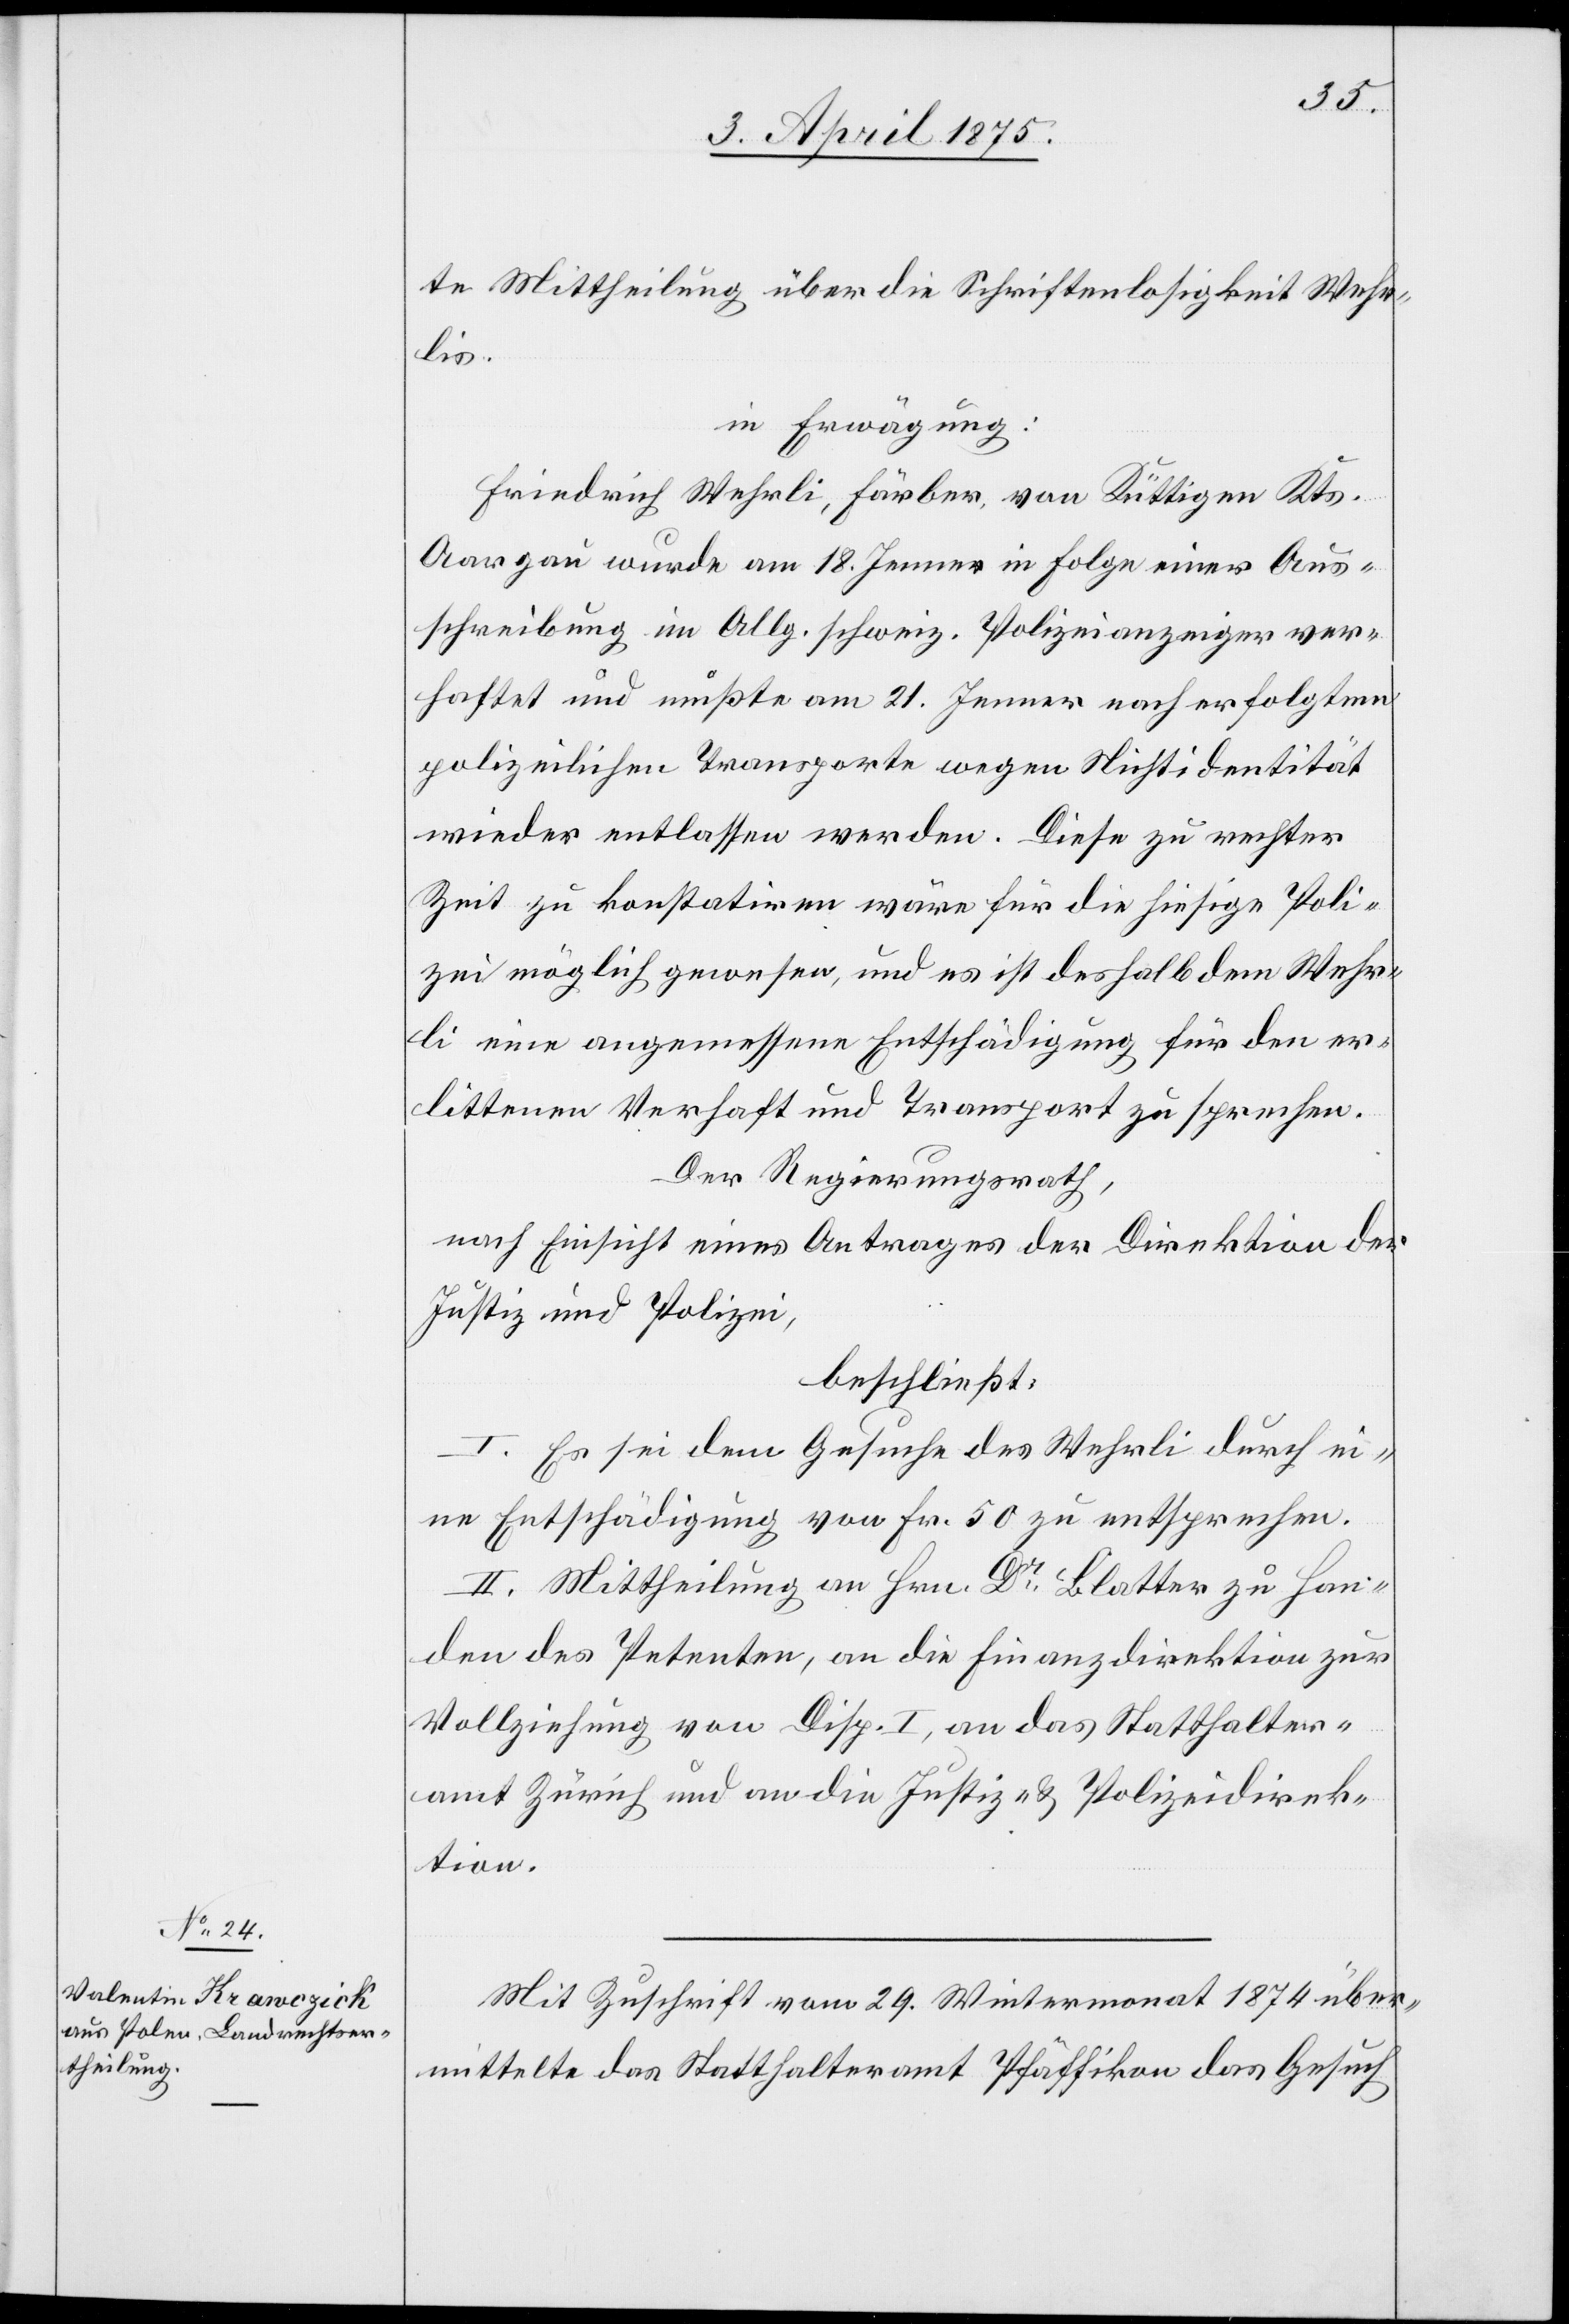
te Mittheilung über die Schriftenlosigkeit Wehr¬
lis.
in Erwägung:
Friedrich Wehrli, Färber, von Küttigen Kts.
Aargau wurde am 18. Jenner in Folge einer Aus¬
schreibung im Allg. schweiz. Polizeianzeiger ver¬
haftet und mußte am 21. Jenner nach erfolgtem
polizeilichen Transporte wegen Nichtidentität
wieder entlassen werden. Diese zu rechter
Zeit zu konstatiren wäre für die hiesige Poli¬
zei möglich gewesen, und es ist deshalb dem Wehr¬
li eine angemessene Entschädigung für den er¬
littenen Verhaft und Transport zu sprechen.
Der Regierungsrath,
nach Einsicht eines Antrages der Direktion der
Justiz und Polizei,
beschließt:
I. Es sei dem Gesuche des Wehrli durch ei¬
ne Entschädigung von Fr. 50 zu entsprechen.
II. Mittheilung an Hrn. Dr Blatter zu Han¬
den des Petenten, an die Finanzdirektion zur
Vollziehung von Disp. I, an das Statthalter¬
amt Zürich und an die Justiz- & Polizeidirek¬
tion.
Mit Zuschrift vom 29. Wintermonat 1874 über¬
mittelte das Statthalteramt Pfäffikon das Gesuch